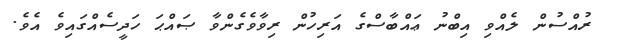
ރުއްސުން ލެއްވި އިބްނު ޢައްބާސްގެ އަރިހުން ރިވާވެގެންވާ ޞައްޙަ ހަދީސެއްގައިވެ އެވެ.